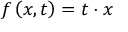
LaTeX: f \left( x , t \right) = t \cdot x